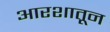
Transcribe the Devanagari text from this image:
आरशातून